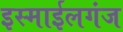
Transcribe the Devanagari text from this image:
इस्माईलगंज